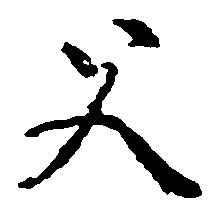
父